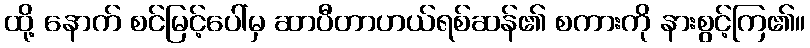
ထို့ နောက် စင်မြင့်ပေါ်မှ ဆာပီတာဟယ်ရစ်ဆန်၏ စကားကို နားစွင့်ကြ၏။